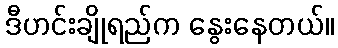
ဒီဟင်းချိုရည်က နွေးနေတယ်။